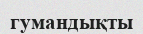
гумандықты